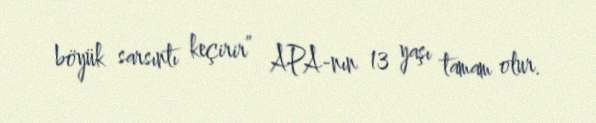
böyük sarsıntı keçirir” APA-nın 13 yaşı tamam olur.